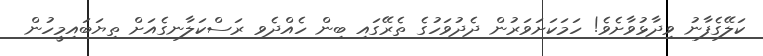
ކަލޭގެފާނު ވިދާޅުވާށެވެ! ހަމަކަށަވަރުން ދެދުވަހުގެ ތެރޭގައި ބިން ހެއްދެވި ރަސްކަލާނގެއަށް ތިޔަބައިމީހުން